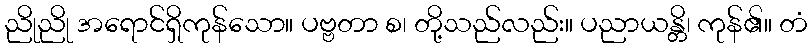
ညိုညို အရောင်ရှိကုန်သော။ ပဗ္ဗတာ စ၊ တို့သည်လည်း။ ပညာယန္တိ၊ ကုန်၏။ တံ